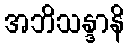
အဘိသန္ဒာနိ